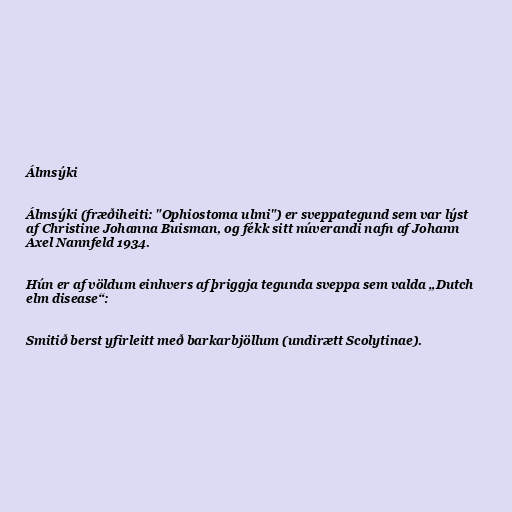
Álmsýki

Álmsýki (fræðiheiti: "Ophiostoma ulmi") er sveppategund sem var lýst
af Christine Johanna Buisman, og fékk sitt núverandi nafn af Johann
Axel Nannfeld 1934.

Hún er af völdum einhvers af þriggja tegunda sveppa sem valda „Dutch
elm disease“:

Smitið berst yfirleitt með barkarbjöllum (undirætt Scolytinae).